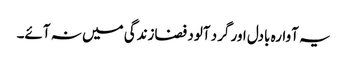
یہ آوارہ بادل اور گرد آلود فضازندگی میں نہ آئے۔